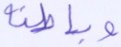
وباطنه